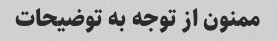
ممنون از توجه به توضیحات